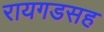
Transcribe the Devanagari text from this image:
रायगडसह